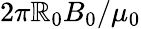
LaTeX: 2\pi\mathbb{R}_{0}B_{0}/\mu_{0}